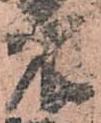
衛